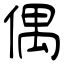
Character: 偶